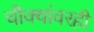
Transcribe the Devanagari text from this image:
चौक्यांवरही